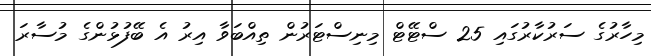
މިހާރުގެ ސަރުކާރުގައި 25 ސްޓޭޓް މިނިސްޓަރުން ތިއްބަވާ އިރު އެ ބޭފުޅުންގެ މުސާރަ